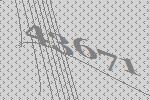
43671